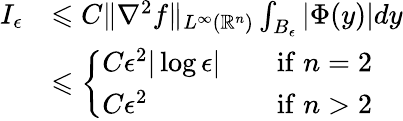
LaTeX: \begin{array}{rl}{I_{\epsilon}}&{\leqslant C\| \nabla^{2}f\| _{L^{\infty}(\mathbb{R}^{n})}\int_{B_{\epsilon}}|\Phi(y)|dy}\\ &{\leqslant\left\{ \begin{array}{ll}{C\epsilon^{2}|\log\epsilon|\quad}&{\mathrm{if}\; n=2}\\ {C\epsilon^{2}\quad}&{\mathrm{if}\; n>2}\end{array}\right.}\end{array}